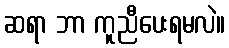
ဆရာ ဘာ ကူညီပေးရမလဲ။